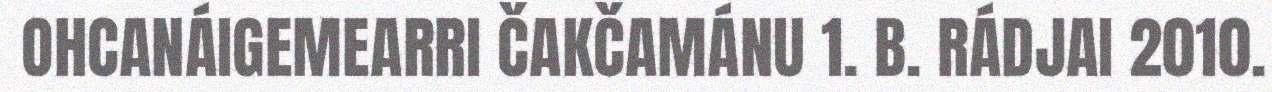
OHCANÁIGEMEARRI ČAKČAMÁNU 1. B. RÁDJAI 2010.